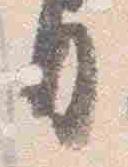
日